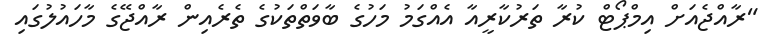
"ރާއްޖެއަށް އިމްޕޯޓް ކުރާ ތަރުކާރީއާ އެއްގަމު މަހުގެ ބާވަތްތަކުގެ ތެރެއިން ރާއްޖޭގެ މާހައުލުގައި